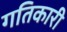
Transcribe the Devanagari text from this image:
गतिकारी